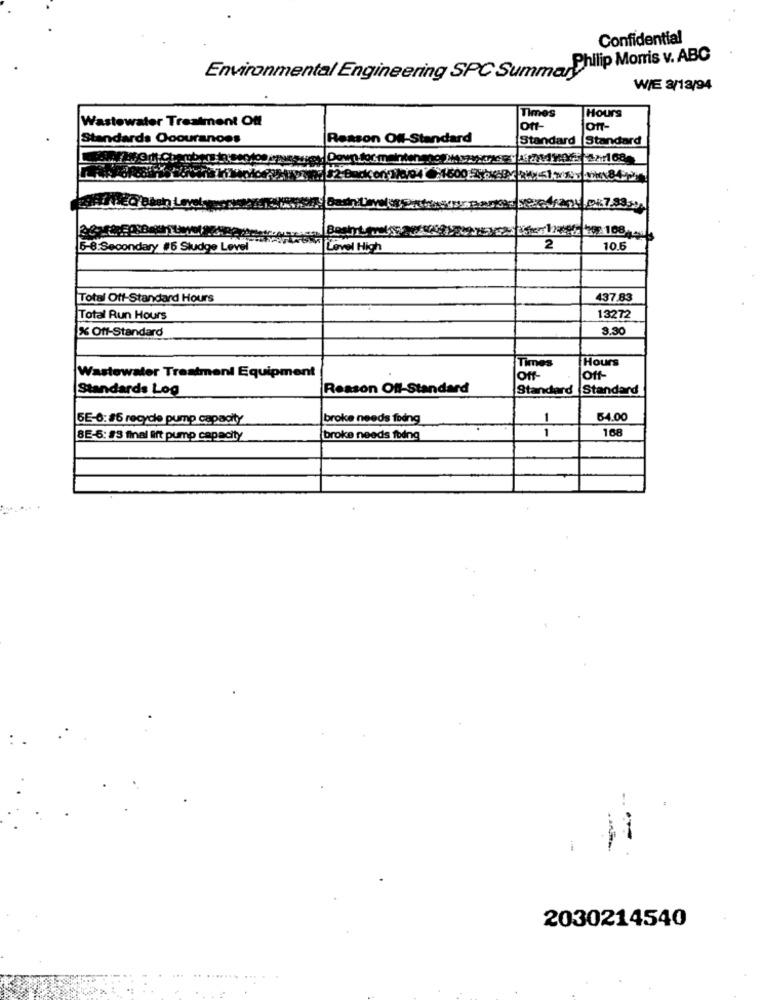
Confidential
Environmental Engineering SPC Summar Philip Morris v. ABC
W/E 8/13/94
Hours
Wastewater Treatment Off
Times
off-
Standards Ocouranoes
Reason Off-Standard
Standard
Standard
6-8.Secondary #5 Sludge Level
Level High
2
10.5
Total Off-Standard Hours
437.83
Total Run Hours
13272
% Off-Standard
3.30
Times
Hours
Wastewater Treatment Equipment
off-
Off-
Standards Log
Reason Off-Standard
Standard Standard
5E-6: #6 recyde pump capacity
broke needs fodng
1
54.00
1
168
8E-5: #3 final ift pump capacity
broke needs fbing
2030214540